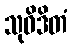
သုဝိဒိတံ